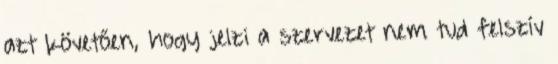
azt követően, hogy jelzi a szervezet nem tud felszív